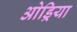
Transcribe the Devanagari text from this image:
ओड्रिया